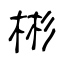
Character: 彬